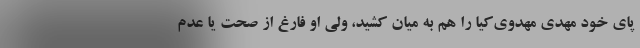
پای خود مهدی مهدوی‌کیا را هم به میان کشید، ولی او فارغ از صحت یا عدم